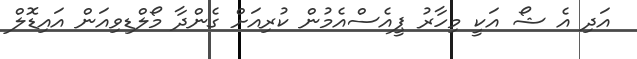
އަދި އެ ޝޯ އަކީ މިހާރު ޕީއެސްއެމުން ކުރިއަށް ގެންދާ މޯލްޑިވިއަން އައިޑޮލް